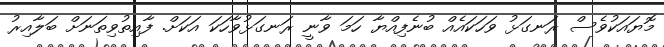
މޮޔައަކުވެސް ރަނގަޅު ވަހަކައެއް ބުނެފިއްޔާ ހަމަ ވާނީ ރަނގަޅުވާހަކަ އަކަށް. ފާއިތުވިތަނަށް ބަލާއިރު